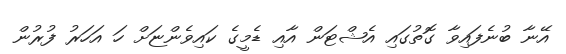
އޭނާ ބުނެފައިވާ ގޮތުގައި އެޝްޓަން އާއި ޑެމީގެ ކައިވެންޏަށް ހަ އަހަރު ފުރުން